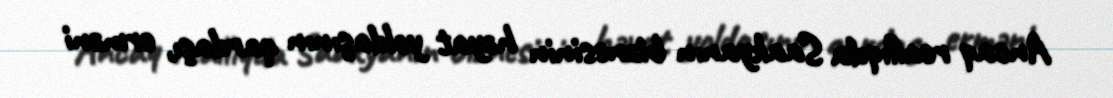
Ancaq reallıqda Saakyanın biznesinin həyat yoldaşının qardaşı, erməni